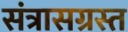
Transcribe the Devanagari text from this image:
संत्रासग्रस्त